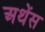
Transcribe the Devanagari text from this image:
अथेंस